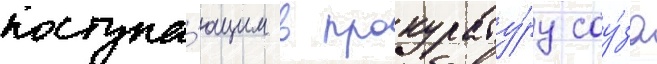
поступа́ющим в прокурату́ру соу́за